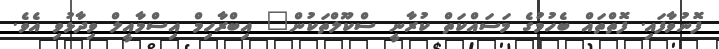
ފޮނުވާފައި. ފޮތްތައް ބެހުމުގެ މަސައްކަތް ކުރާނީ ސްކޫލްތަކުން" އިބްރާހިމް އިސްމާއީލް ވިދާޅުވި އެވެ.